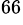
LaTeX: ^{66}